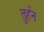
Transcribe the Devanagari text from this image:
तुर्हन